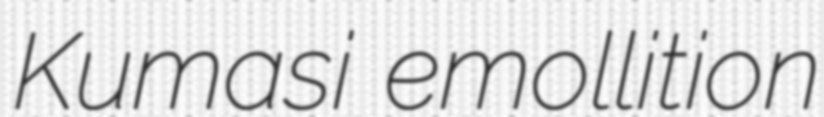
Kumasi emollition